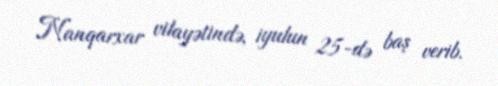
Nanqarxar vilayətində, iyulun 25-də baş verib.